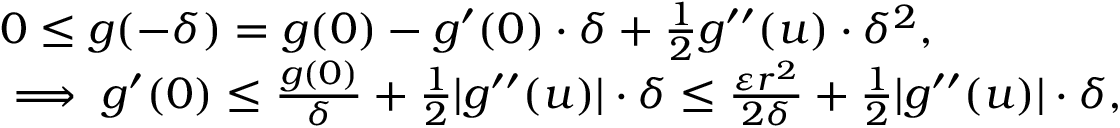
\begin{array} { r l } & { 0 \leq g ( - \delta ) = g ( 0 ) - g ^ { \prime } ( 0 ) \cdot \delta + \frac { 1 } { 2 } g ^ { \prime \prime } ( u ) \cdot \delta ^ { 2 } , } \\ & { \implies g ^ { \prime } ( 0 ) \leq \frac { g ( 0 ) } { \delta } + \frac { 1 } { 2 } | g ^ { \prime \prime } ( u ) | \cdot \delta \leq \frac { \varepsilon r ^ { 2 } } { 2 \delta } + \frac { 1 } { 2 } | g ^ { \prime \prime } ( u ) | \cdot \delta , } \end{array}